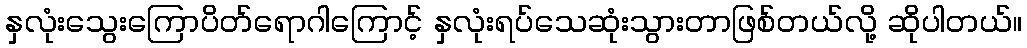
နှလုံးသွေးကြောပိတ်ရောဂါကြောင့် နှလုံးရပ်သေဆုံးသွားတာဖြစ်တယ်လို့ ဆိုပါတယ်။